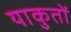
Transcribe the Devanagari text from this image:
याकुतों